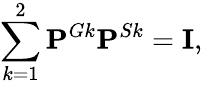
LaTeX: \sum_{k=1}^{2}\mathbf{P}^{Gk}\mathbf{P}^{Sk}=\mathbf{I},